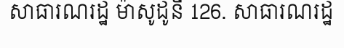
សាធារណរដ្ឋ ម៉ាសូដូនី 126. សាធារណរដ្ឋ